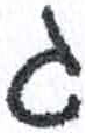
אות: ג